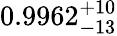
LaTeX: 0.9962_{-13}^{+10}